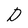
Character: D